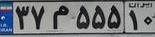
۳۷م۵۵۵۱۰